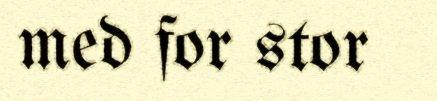
med for stor